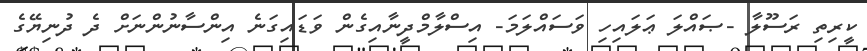
ކީރިތި ރަސޫލާ -ޞައްލަ ޢަލައިހި ވަސައްލަމަ- އިސްލާމްދީނާއިގެން ވަޑައިގަނެ އިންސާނުންނަށް ދެ ދުނިޔޭގެ